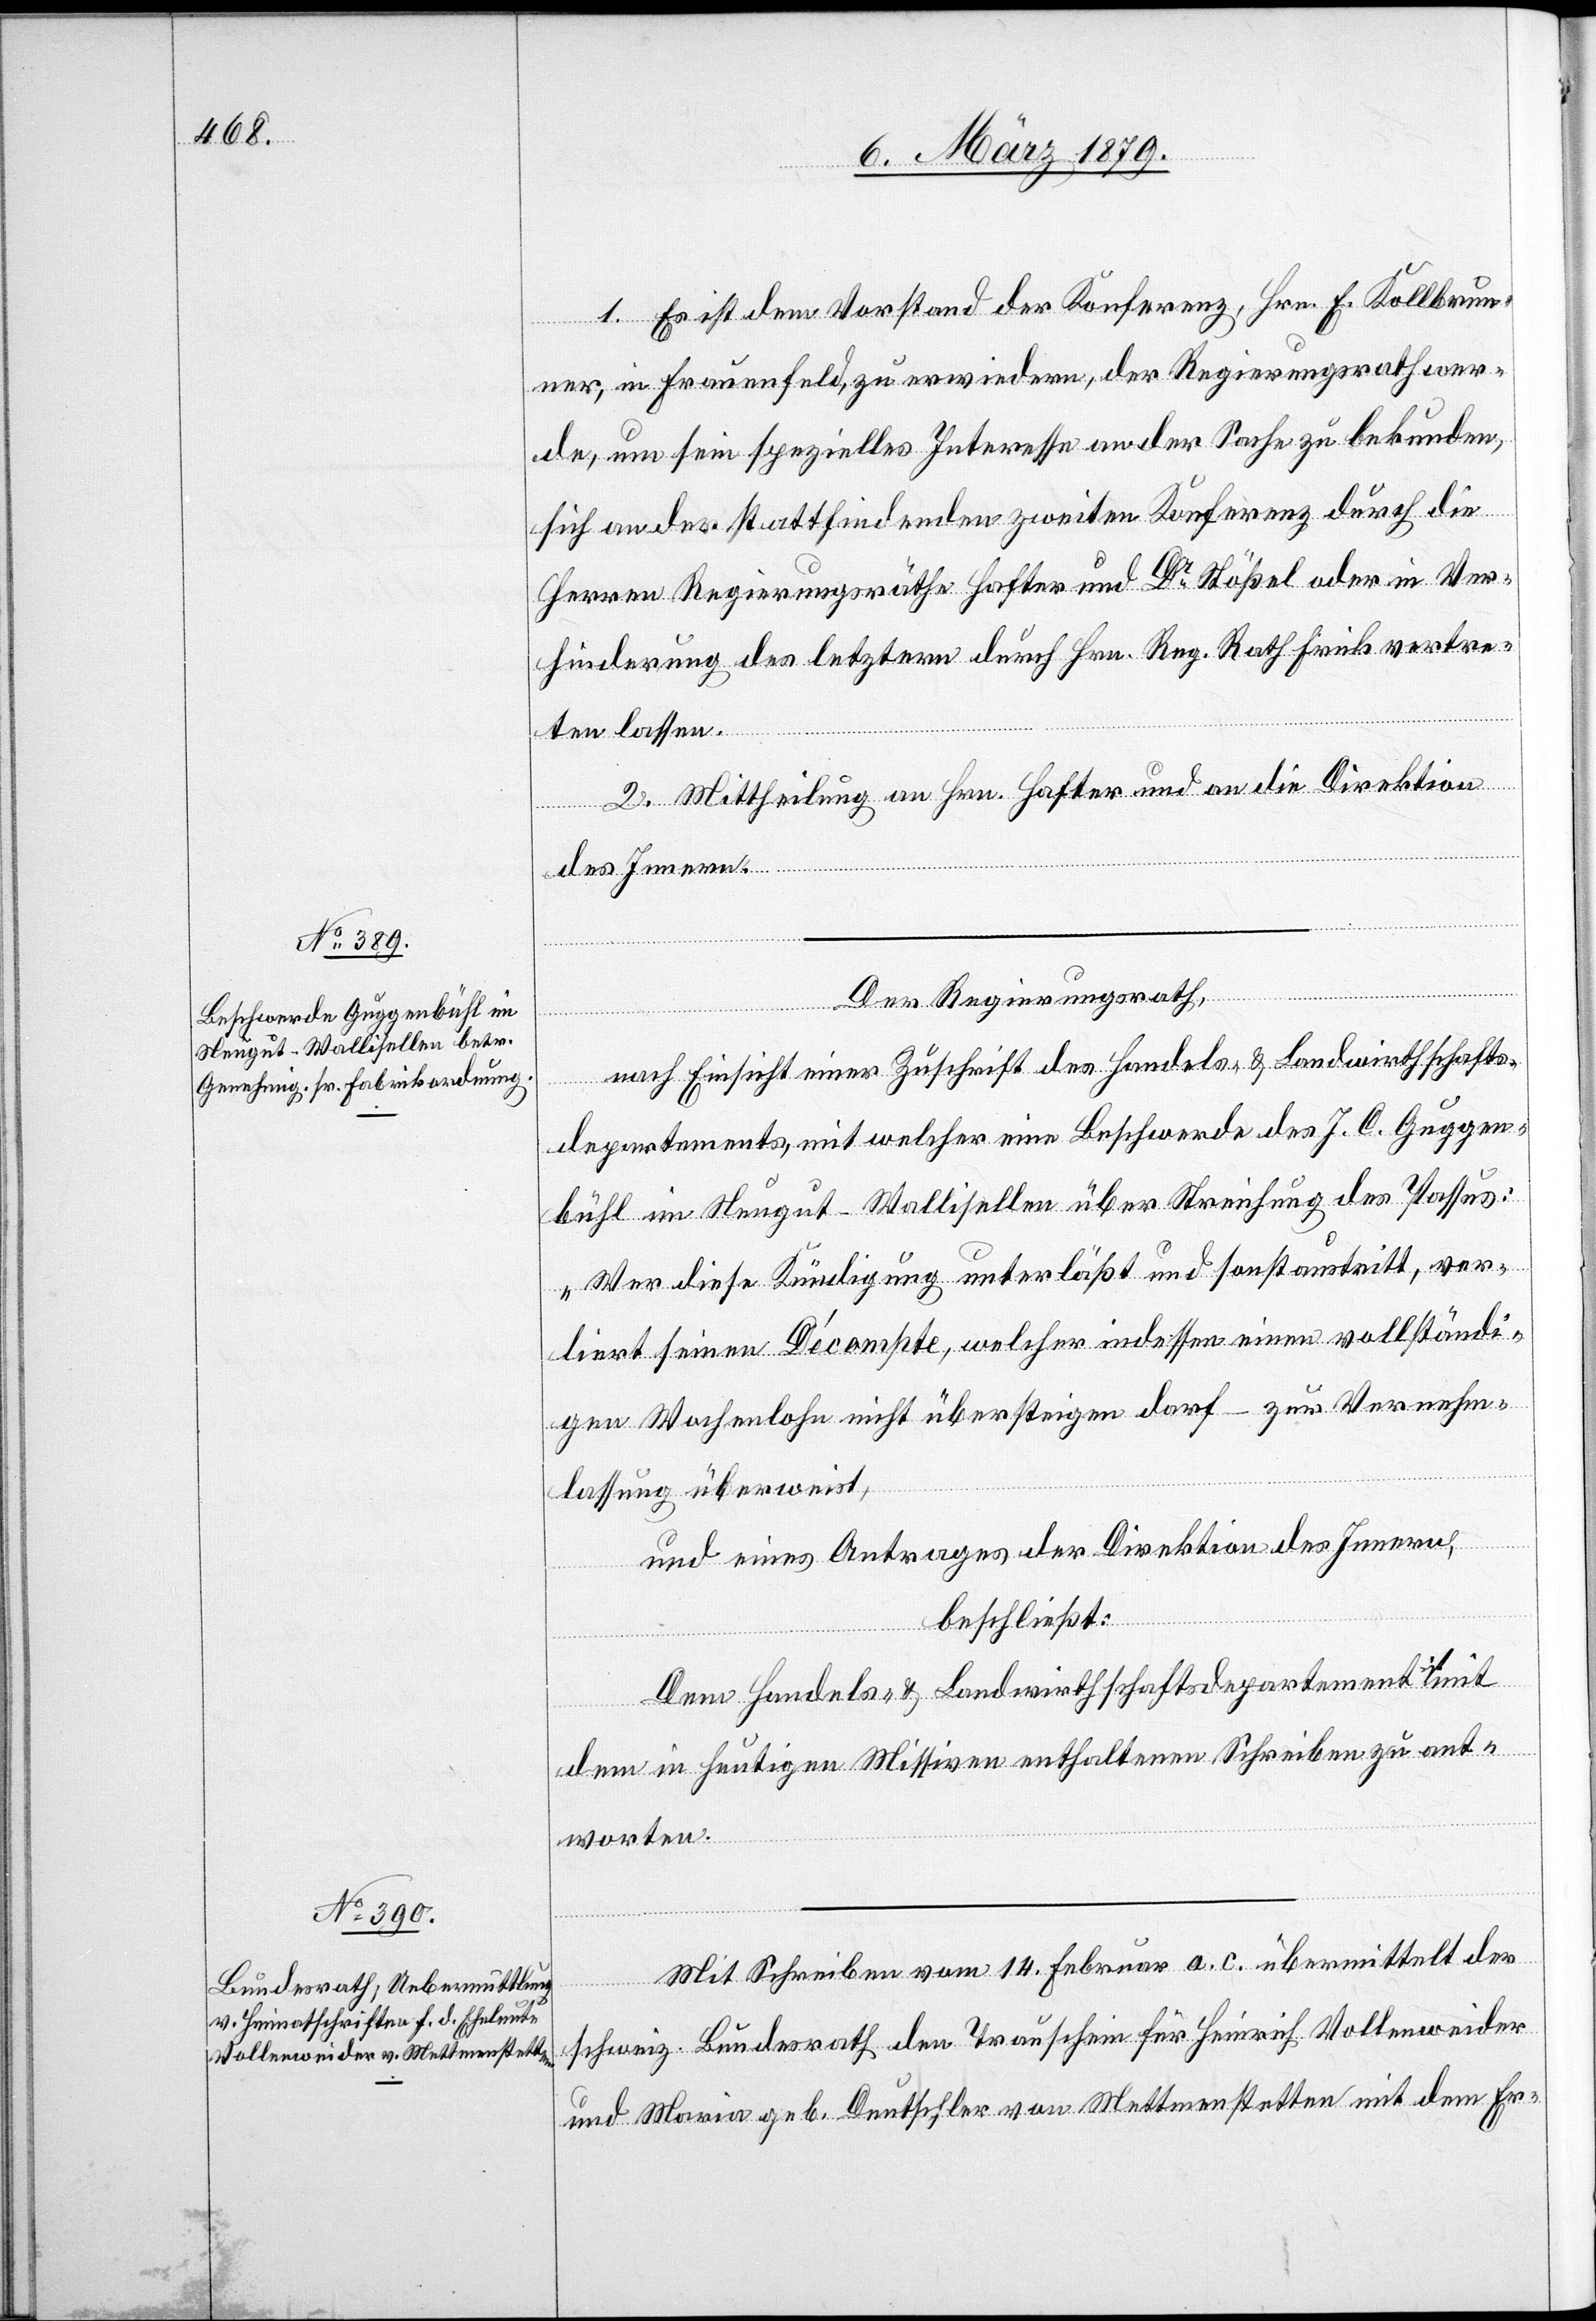
1. Es ist dem Vorstand der Konferenz, Hrn. E. Kollbrun¬
ner, in Frauenfeld, zu erwiedern, der Regierungsrath wer¬
de, um sein spezielles Interesse an der Sache zu bekunden,
sich an der stattfindenden zweiten Konferenz durch die
Herren Regierungsräthe Hafter und Dr Stößel oder in Ver¬
hinderung des letztern durch Hrn. Reg. Rath Frick vertre¬
ten lassen.
2. Mittheilung an Hrn. Hafter und an die Direktion
des Innern.
Der Regierungsrath,
nach Einsicht einer Zuschrift des Handels- & Landwirthschafts¬
departements, mit welcher [es] eine Beschwerde des J. C. Guggen¬
bühl im Neugut - Wallisellen über Streichung des Passus:
„Wer diese Kündigung unterläßt und sonst austritt, ver¬
liert seinen Décompte, welcher indessen einen vollständi¬
gen Wochenlohn nicht übersteigen darf“ – zur Vernehm¬
lassung überweist,
und eines Antrages der Direktion des Innern,
beschließt:
Dem Handels- & Landwirthschaftsdepartement ist
dem in heutigen Missiven enthaltenen Schreiben zu ant¬
worten.
Mit Schreiben vom 14. Februar a. c. übermittelt der
schweiz. Bundesrath den Trauschein für Heinrich Vollenweider
und Maria geb. Deutschler von Mettmenstetten mit dem Er-